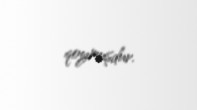
qoymuşdur.